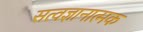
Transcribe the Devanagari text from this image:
सत्वज्ञानात्मक